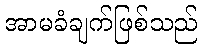
အာမခံချက်ဖြစ်သည်